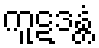
ကူဋဒန္တံ